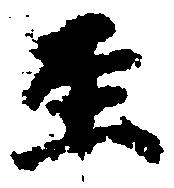
至